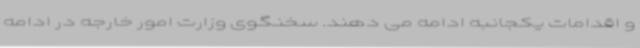
و اقدامات یکجانبه ادامه می دهند. سخنگوی وزارت امور خارجه در ادامه